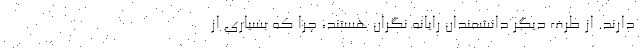
دارند. از طرف دیگر دانشمندان رایانه نگران هستند، چرا که بسیاری از